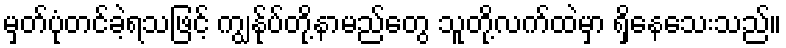
မှတ်ပုံတင်ခဲ့ရသဖြင့် ကျွန်ုပ်တို့နာမည်တွေ သူတို့လက်ထဲမှာ ရှိနေသေးသည်။